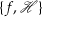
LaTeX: \{ f , { \mathcal { H } } \}